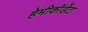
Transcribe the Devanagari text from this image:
हेमीकॉर्डेटा